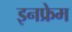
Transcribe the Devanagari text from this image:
इनफ्रेम